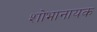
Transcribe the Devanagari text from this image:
शोभानायक